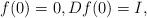
LaTeX: \begin{align*}f(0)=0,Df(0)=I,\end{align*}